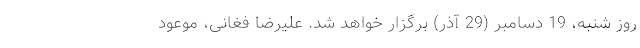
روز شنبه، 19 دسامبر (29 آذر) برگزار خواهد شد. علیرضا فغانی، موعود